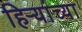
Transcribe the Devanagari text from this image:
हिऱ्यांच्या